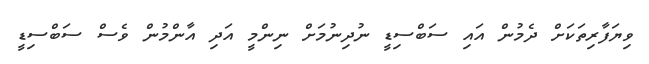
ވިޔަފާރިތަކަށް ދެމުން އައި ސަބްސިޑީ ނުދިނުމަށް ނިންމީ އަދި އާންމުން ވެސް ސަބްސިޑީ